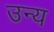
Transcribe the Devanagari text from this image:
उन्य